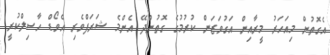
އެގޮތުން މިއަހަރު މީރާއިން އަގުވަޒަން ކުރުމުގެ ގޮތުންދޭ އެންމެ ޝަރަފްވެރި އެވޯޑް ހާސިލްކުރީ